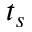
t _ { s }